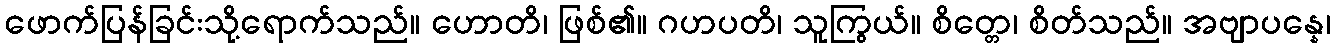
ဖောက်ပြန်ခြင်းသို့ရောက်သည်။ ဟောတိ၊ ဖြစ်၏။ ဂဟပတိ၊ သူကြွယ်။ စိတ္တေ၊ စိတ်သည်။ အဗျာပန္နေ၊